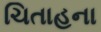
ચિતાહના